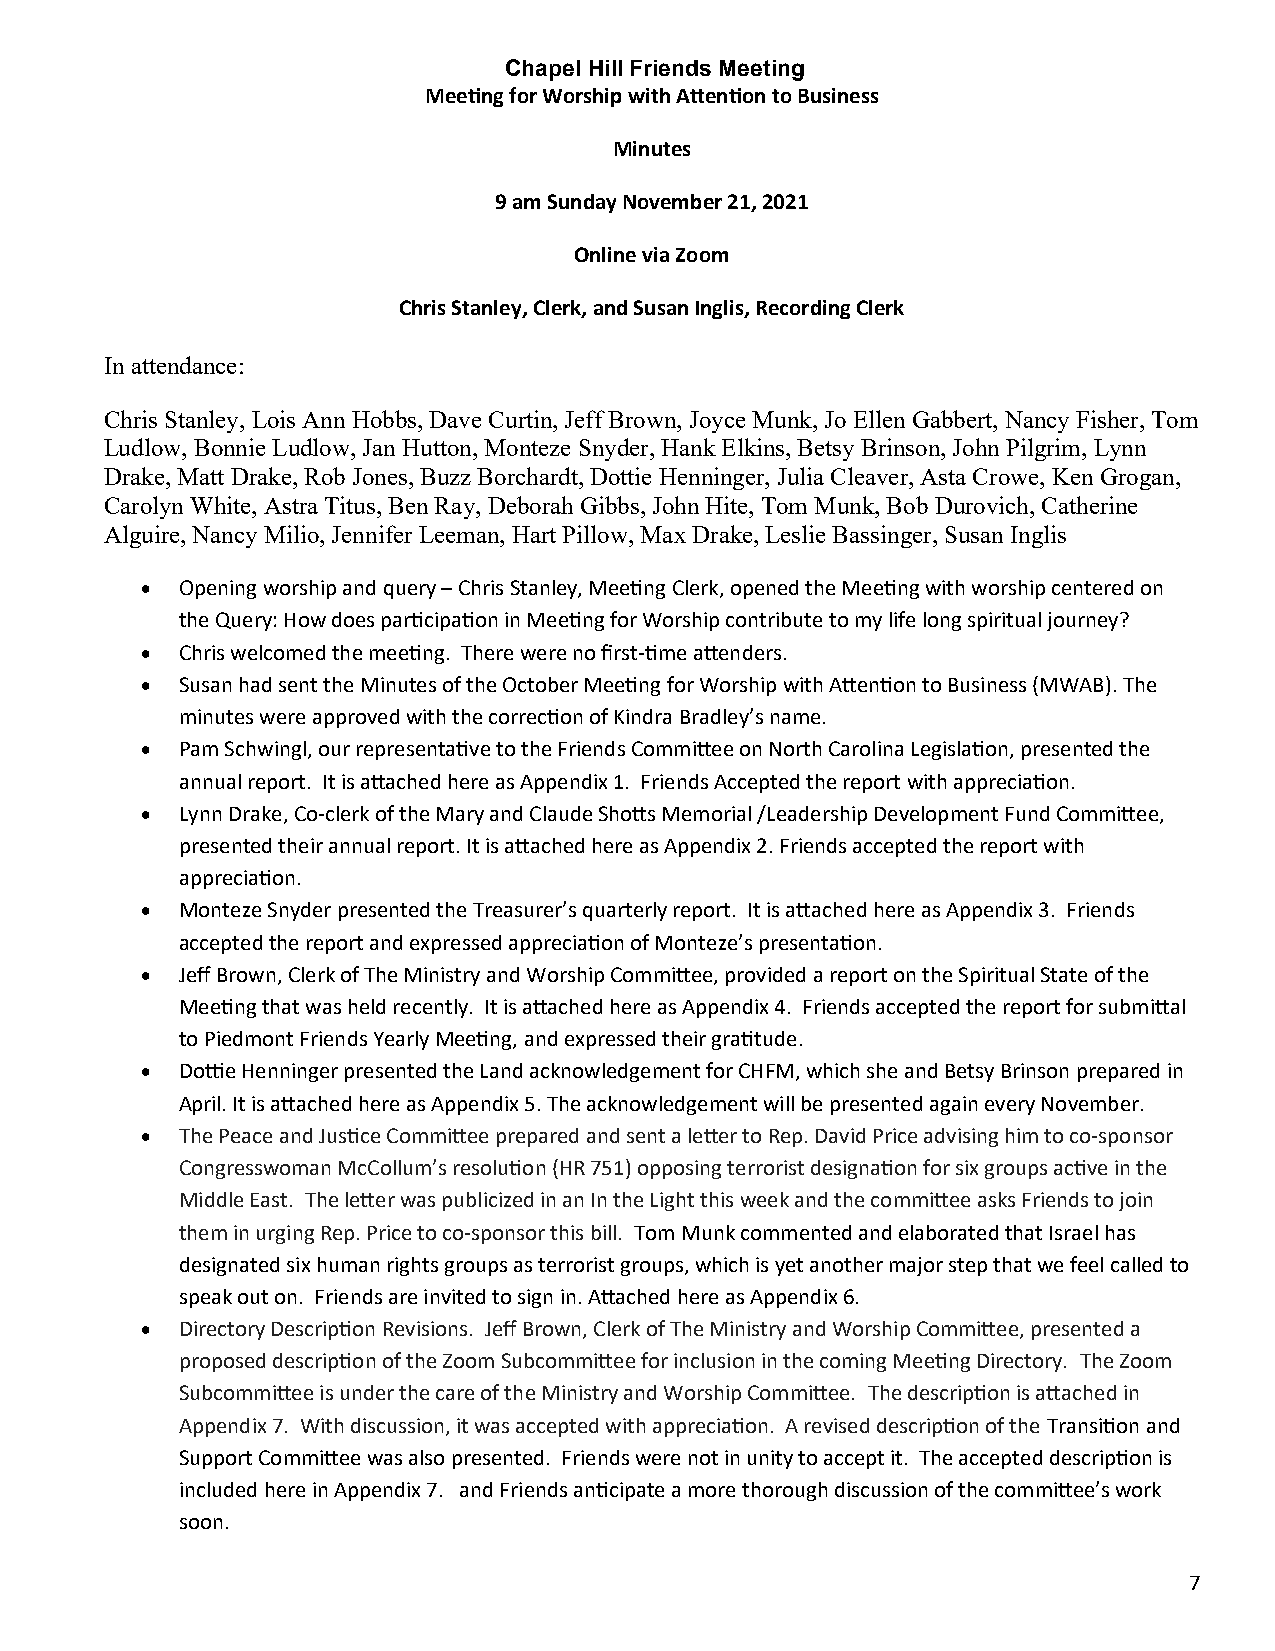
Chapel Hill Friends Meeting
 Meeting for Worship with Attention to Business
 Minutes
 9 am Sunday November 21, 2021
 Online via Zoom
 Chris Stanley, Clerk, and Susan Inglis, Recording Clerk
 In attendance:
 Chris Stanley, Lois Ann Hobbs, Dave Curtin, Jeff Brown, Joyce Munk, Jo Ellen Gabbert, Nancy Fisher, Tom
 Ludlow, Bonnie Ludlow, Jan Hutton, Monteze Snyder, Hank Elkins, Betsy Brinson, John Pilgrim, Lynn
 Drake, Matt Drake, Rob Jones, Buzz Borchardt, Dottie Henninger, Julia Cleaver, Asta Crowe, Ken Grogan,
 Carolyn White, Astra Titus, Ben Ray, Deborah Gibbs, John Hite, Tom Munk, Bob Durovich, Catherine
 Alguire, Nancy Milio, Jennifer Leeman, Hart Pillow, Max Drake, Leslie Bassinger, Susan Inglis
   Opening worship and query – Chris Stanley, Meeting Clerk, opened the Meeting with worship centered on
 the Query: How does participation in Meeting for Worship contribute to my life long spiritual journey?
   Chris welcomed the meeting. There were no first-time attenders.
   Susan had sent the Minutes of the October Meeting for Worship with Attention to Business (MWAB). The
 minutes were approved with the correction of Kindra Bradley’s name.
   Pam Schwingl, our representative to the Friends Committee on North Carolina Legislation, presented the
 annual report. It is attached here as Appendix 1. Friends Accepted the report with appreciation.
   Lynn Drake, Co-clerk of the Mary and Claude Shotts Memorial /Leadership Development Fund Committee,
 presented their annual report. It is attached here as Appendix 2. Friends accepted the report with
 appreciation.
   Monteze Snyder presented the Treasurer’s quarterly report. It is attached here as Appendix 3. Friends
 accepted the report and expressed appreciation of Monteze’s presentation.
   Jeff Brown, Clerk of The Ministry and Worship Committee, provided a report on the Spiritual State of the
 Meeting that was held recently. It is attached here as Appendix 4. Friends accepted the report for submittal
 to Piedmont Friends Yearly Meeting, and expressed their gratitude.
   Dottie Henninger presented the Land acknowledgement for CHFM, which she and Betsy Brinson prepared in
 April. It is attached here as Appendix 5. The acknowledgement will be presented again every November.
   The Peace and Justice Committee prepared and sent a letter to Rep. David Price advising him to co-sponsor
 Congresswoman McCollum’s resolution (HR 751) opposing terrorist designation for six groups active in the
 Middle East. The letter was publicized in an In the Light this week and the committee asks Friends to join
 them in urging Rep. Price to co-sponsor this bill. Tom Munk commented and elaborated that Israel has
 designated six human rights groups as terrorist groups, which is yet another major step that we feel called to
 speak out on. Friends are invited to sign in. Attached here as Appendix 6.
   Directory Description Revisions. Jeff Brown, Clerk of The Ministry and Worship Committee, presented a
 proposed description of the Zoom Subcommittee for inclusion in the coming Meeting Directory. The Zoom
 Subcommittee is under the care of the Ministry and Worship Committee. The description is attached in
 Appendix 7. With discussion, it was accepted with appreciation. A revised description of the Transition and
 Support Committee was also presented. Friends were not in unity to accept it. The accepted description is
 included here in Appendix 7. and Friends anticipate a more thorough discussion of the committee’s work
 soon.
 7